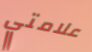
علامتي